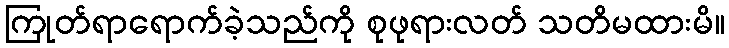
ကြုတ်ရာရောက်ခဲ့သည်ကို စုဖုရားလတ် သတိမထားမိ။